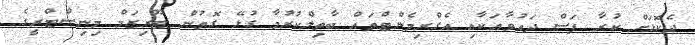
ދެކޮޅަށް ކުރާ ފަސް ދައުވާއަކާއި އެގްރިމެންޓްތައް ބާތިލްކުރުމާ ގުޅޭ ގޮތުން ޓޫރިޒަމް މިނިސްޓްރީގެ